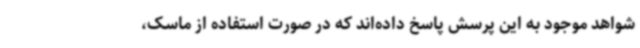
شواهد موجود به این پرسش پاسخ داده‌اند که در صورت استفاده از ماسک،